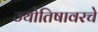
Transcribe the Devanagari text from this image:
ज्योतिषावरचे